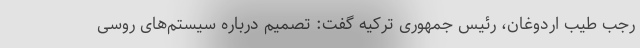
رجب طیب اردوغان، رئیس جمهوری ترکیه گفت: تصمیم درباره سیستم‌های روسی